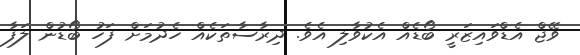
ވޭޖް އެޑްވައިޒަރީ ބޯޑެއް އެކުވާލި އެވެ. ދިރާސާތަކެއް ހެދުމަށް ފަހު ބޯޑުން ލަފާ